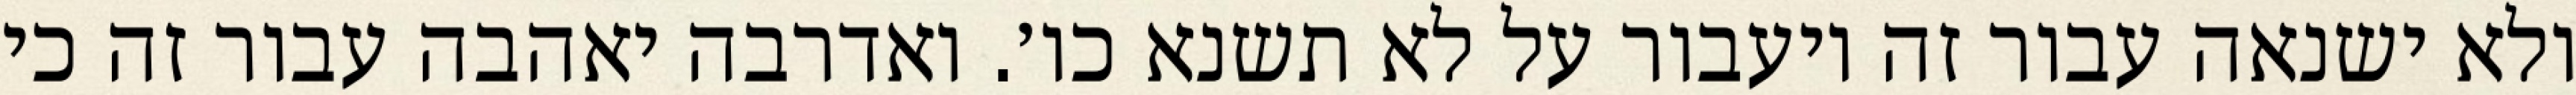
ולא ישנאה עבור זה ויעבור על לא תשנא כו׳. ואדרבה יאהבה עבור זה כי